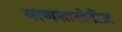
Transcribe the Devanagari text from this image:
माणसाखेरीज